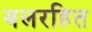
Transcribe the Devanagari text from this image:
बलरहित